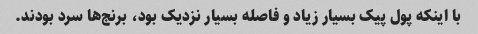
با اینکه پول پیک بسیار زیاد و فاصله‌ بسیار نزدیک بود، برنج‌ها سرد بودند.